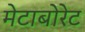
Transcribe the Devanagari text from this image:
मेटाबोरेट